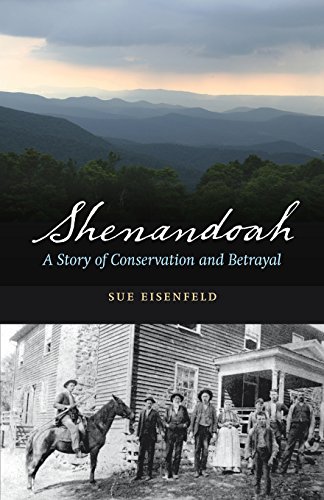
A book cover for Shenandoah: A Story of Conservation and Betrayal; Sue Eisenfeld; Biographies & Memoirs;